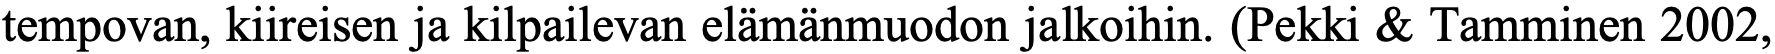
tempovan, kiireisen ja kilpailevan elämänmuodon jalkoihin. (Pekki & Tamminen 2002,